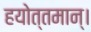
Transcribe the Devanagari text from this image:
हयोत्तमान्।